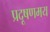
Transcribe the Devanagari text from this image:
प्रदूषणमय